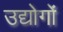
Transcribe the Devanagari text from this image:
उद्योगांे